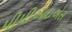
પીપીઆઇએસ